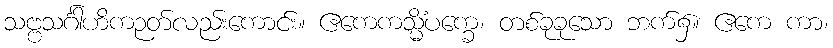
သဗ္ဗသင်္ဂါဟိကဉတ်လည်းကောင်း။ ဧကေကသ္မိံပက္ခေ၊ တစ်ခုခုသော ဘက်၌။ ဧကေ ကာ၊